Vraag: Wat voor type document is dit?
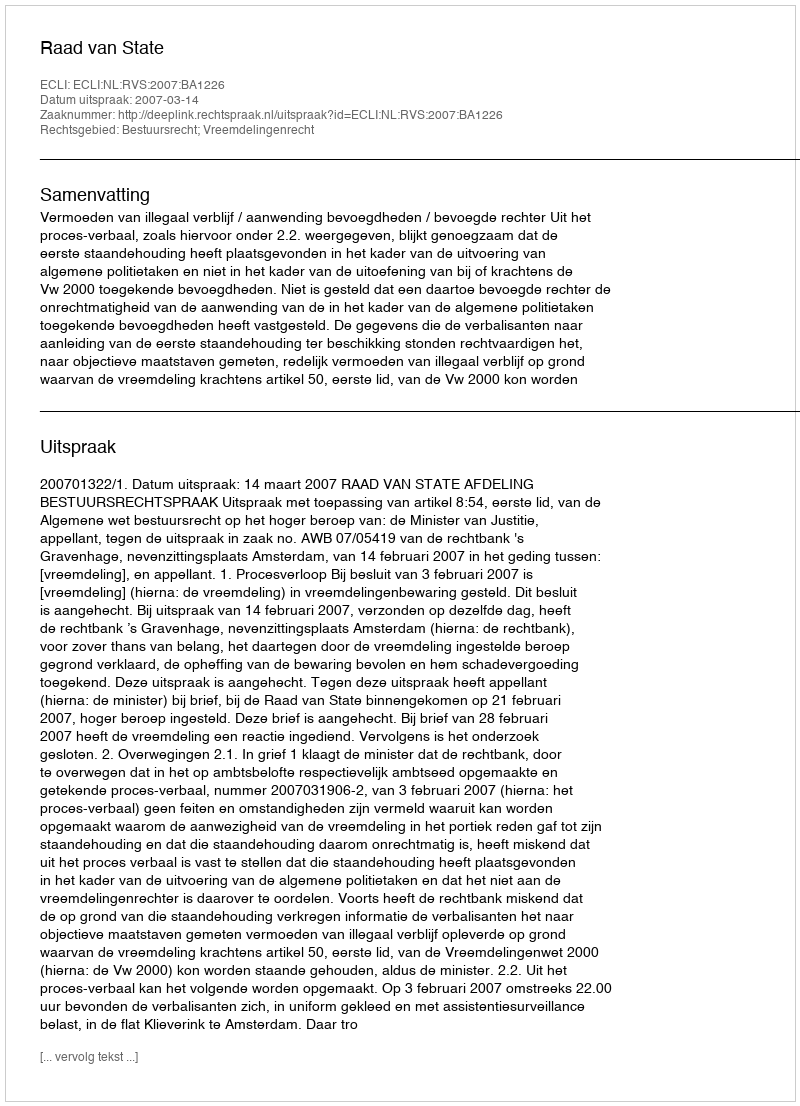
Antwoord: Uitspraak